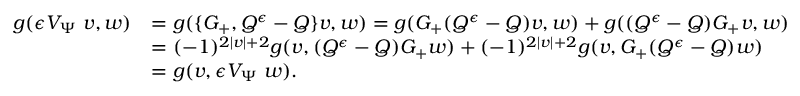
\begin{array} { r l } { g ( { \epsilon } V _ { \Psi } \; v , w ) } & { = g ( \{ G _ { + } , Q ^ { \epsilon } - Q \} v , w ) = g ( G _ { + } ( Q ^ { \epsilon } - Q ) v , w ) + g ( ( Q ^ { \epsilon } - Q ) G _ { + } v , w ) } \\ & { = ( - 1 ) ^ { 2 | v | + 2 } g ( v , ( Q ^ { \epsilon } - Q ) G _ { + } w ) + ( - 1 ) ^ { 2 | v | + 2 } g ( v , G _ { + } ( Q ^ { \epsilon } - Q ) w ) } \\ & { = g ( v , { \epsilon } V _ { \Psi } \; w ) . } \end{array}